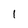
Character: 1